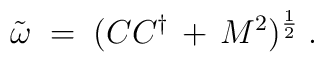
{\tilde \omega} \;=\; ( C C^\dagger \,+\, M^2 )^{\frac{1}{2}} \;.